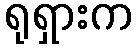
ရုရှားက